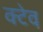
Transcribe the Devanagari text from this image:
क्टेव